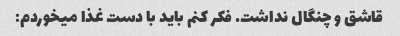
قاشق و چنگال نداشت. فکر کنم باید با دست غذا میخوردم: